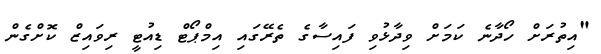
"އިތުރަށް ހޯދާނެ ކަމަށް ވިދާޅުވި ފައިސާގެ ތެރޭގައި އިމްޕޯޓް ޑިއުޓީ ރިވައިޒް ކޮށްގެން